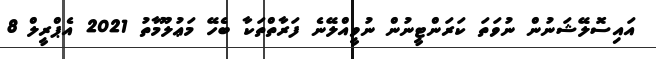
އައިސޮލޭޝަނުން ނުވަތަ ކަރަންޓީނުން ނުވީއްލޭނެ ފަރާތްތަކާ ބެހޭ މަޢުލޫމާތު 2021 އެޕްރީލް 8